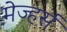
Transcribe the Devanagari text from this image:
मेज्हर्स